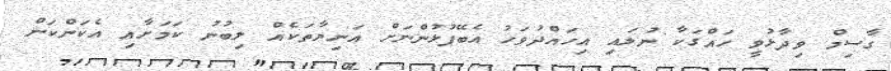
ގާސިމް ވިދާޅުވީ ހައްގަކާ ނުލައި އިހައްދުވަހު އެބޭފުޅުންނަށް އަނިޔާތަކެއް ލިބުނު ކަމަށާއި އެކަންކަން